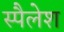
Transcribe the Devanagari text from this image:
स्पैलेश